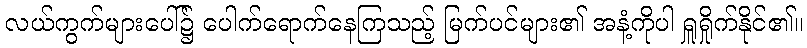
လယ်ကွက်များပေါ်၌ ပေါက်ရောက်နေကြသည့် မြက်ပင်များ၏ အနံ့ကိုပါ ရှူရှိုက်နိုင်၏။